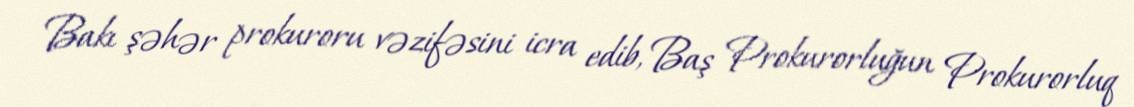
Bakı şəhər prokuroru vəzifəsini icra edib, Baş Prokurorluğun Prokurorluq